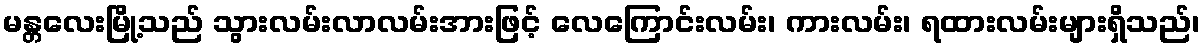
မန္တလေးမြို့သည် သွားလမ်းလာလမ်းအားဖြင့် လေကြောင်းလမ်း၊ ကားလမ်း၊ ရထားလမ်းများရှိသည်၊